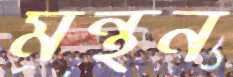
মন্থন